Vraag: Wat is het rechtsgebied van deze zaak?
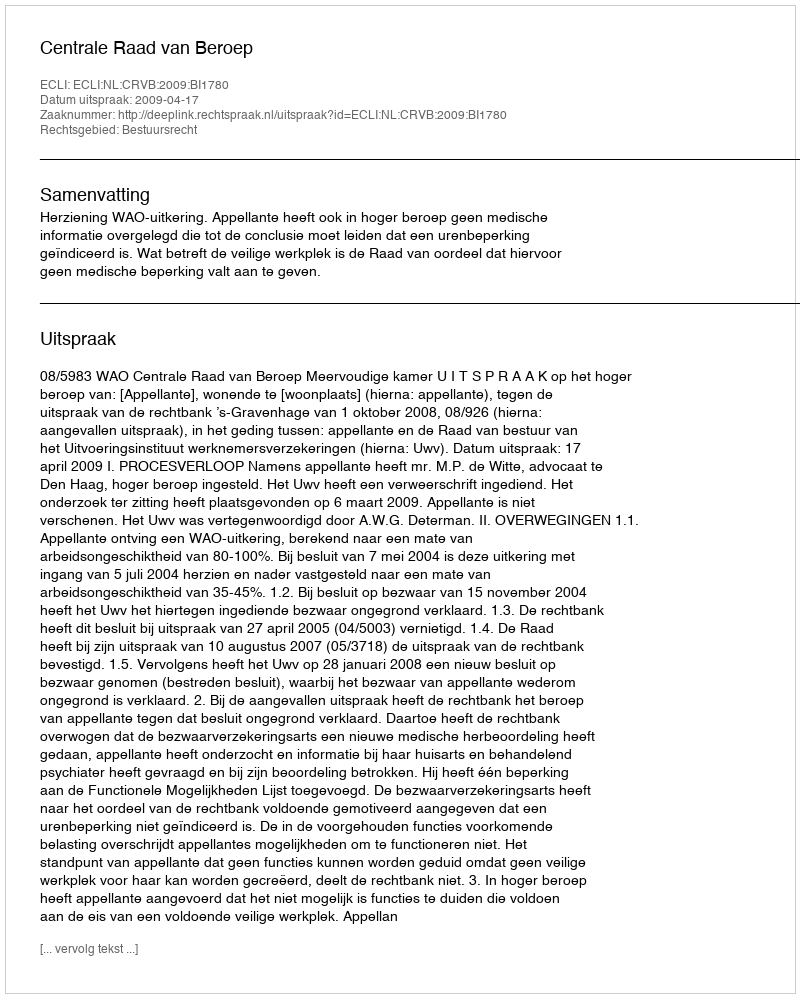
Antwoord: Bestuursrecht